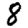
Digit: 8